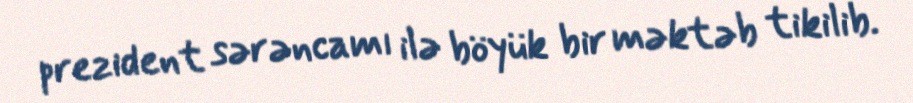
prezident sərəncamı ilə böyük bir məktəb tikilib.